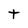
Character: t